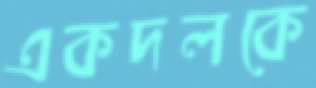
একদলকে